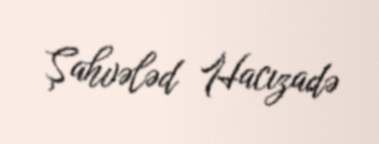
Şahvələd Hacızadə